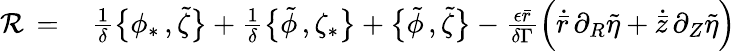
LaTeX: \begin{array}{rl}{\mathcal{R}\, =\, }&{{}\frac{1}{\delta}\bigl\{ \phi_{*}\, ,\tilde{\zeta}\bigr\} +\frac{1}{\delta}\bigl\{ \tilde{\phi}\, ,\zeta_{*}\bigr\} +\bigl\{ \tilde{\phi}\, ,\tilde{\zeta}\bigr\} -\frac{\epsilon\bar{r}}{\delta\Gamma}\Bigl(\dot{\bar{r}}\, \partial_{R}\tilde{\eta}+\dot{\bar{z}}\, \partial_{Z}\tilde{\eta}\Bigr)}\end{array}